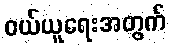
ဝယ်ယူရေးအတွက်